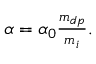
\begin{array} { r } { \alpha = \alpha _ { 0 } \frac { m _ { d p } } { m _ { i } } . } \end{array}